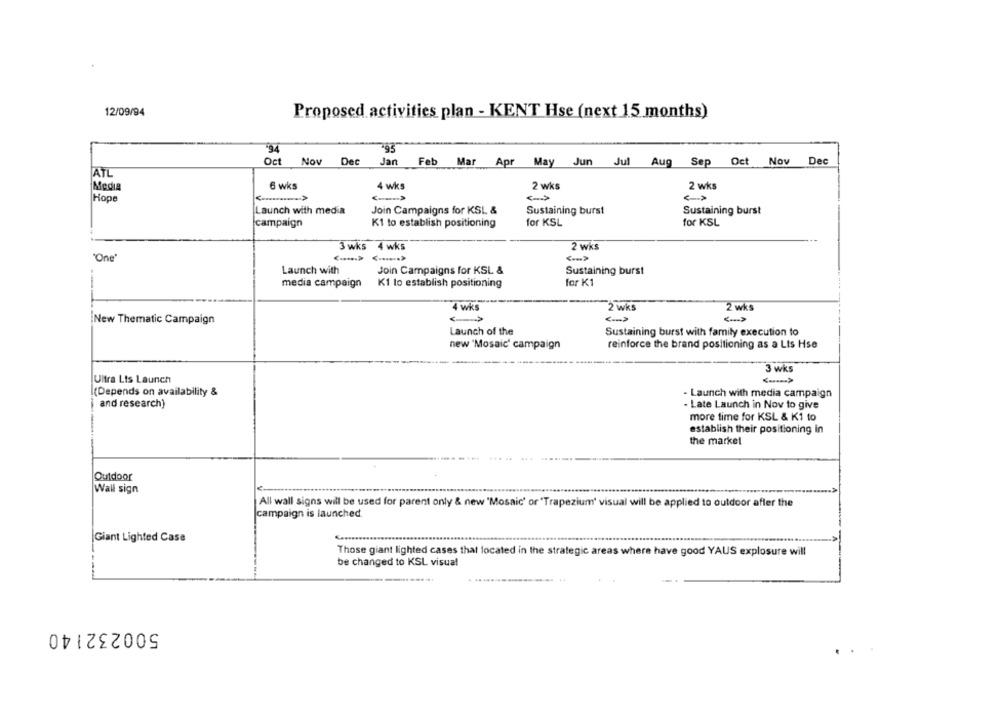
12/09/94
Proposed activities plan - KENT Hse (next 15 months)
-94
Oct
Noy
Dec
Jan
Feb Mar Apr May Jun Jul Aug Sep Oct Nov Dec
ATL
Media
6 wks
4 wks
2 wks
2 wks
Hope
Launch with media
Join Campaigns for KSL &
Sustaining burst
Sustaining burst
K1 to establish positioning
for KSL
for KSL
campaign
3 wks 4 wks
2 wks
"One"
<== >
Launch with
Join Campaigns for KSL &
Sustaining burst
media campaign
K1 to establish positioning
for K1
4 wks
2 wks
2 wks
New Thematic Campaign
<- >
Launch of the
Sustaining burst with family execution to
new 'Mosaic' campaign
reinforce the brand positioning as a Lts Hse
3 wks
Ultra Lts Launch
<..... >
(Depends on availability &
- Launch with media campaign
and research)
- Late Launch in Nov to give
more time for KSL & K1 to
establish their positioning in
the market
Outdoor
Wall sign
All wall signs will be used for parent only & new "Mosaic' or "Trapezium' visual will be applied to outdoor after the
campaign is launched
Giant Lighted Case
Those giant lighted cases that located in the strategic areas where have good YAUS explosure will
be changed to KSL visual
500232140